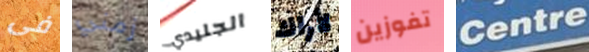
فى زمني الجليدي لأراك تفوزين Centre